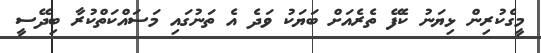
މީގެކުރިން ޅިޔަނު ކެފޭ ތެރެއަށް ބަޔަކު ވަދެ އެ ތަނުގައި މަސައްކަތްކުރާ ބިދޭސީ